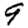
Digit: 9